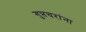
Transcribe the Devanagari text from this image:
गुप्तचरांना